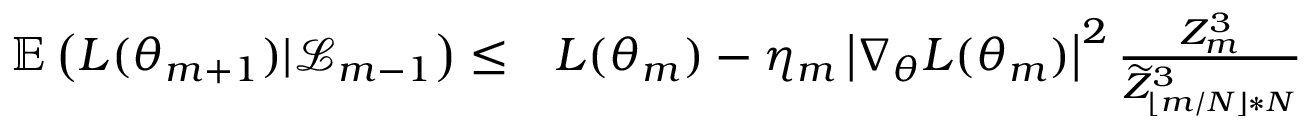
\begin{array} { r l } { \mathbb { E } \left( L ( \theta _ { m + 1 } ) | \mathcal { L } _ { m - 1 } \right) \leq } & { { } L ( \theta _ { m } ) - \eta _ { m } \left| \nabla _ { \theta } L ( \theta _ { m } ) \right| ^ { 2 } \frac { Z _ { m } ^ { 3 } } { \widetilde { Z } _ { \lfloor m / N \rfloor * N } ^ { 3 } } } \end{array}